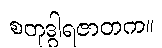
စတုဒွါရဇာတက။